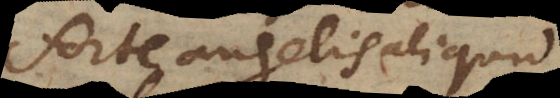
forte angelis aliquid